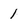
Character: l